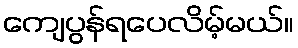
ကျေပွန်ရပေလိမ့်မယ်။